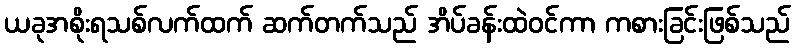
ယခုအစိုးရသစ်လက်ထက် ဆက်တက်သည် အိပ်ခန်းထဲဝင်ကာ ကစားခြင်းဖြစ်သည်